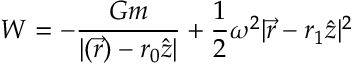
{ \cal { W } } = - { \frac { G m } { | ( { \vec { r } } ) - r _ { 0 } { \hat { z } } | } } + { \frac { 1 } { 2 } } \omega ^ { 2 } | { \vec { r } } - r _ { 1 } { \hat { z } } | ^ { 2 }